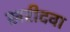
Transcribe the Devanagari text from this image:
खरीदवा